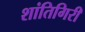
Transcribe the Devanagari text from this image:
शांतिगिरी